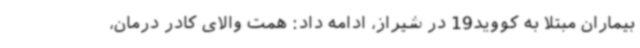
بیماران مبتلا به کووید19 در شیراز، ادامه داد: همت والای کادر درمان،